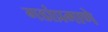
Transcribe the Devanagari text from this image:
गडांप्रमाणे